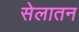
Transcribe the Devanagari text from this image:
सेलातन